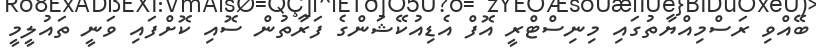
ބޭއްވި ރަސްމިއްޔާތުގައި މިނިސްޓްރީ އޮފް އެޑިއުކޭޝަންގެ ފަރާތުން ސޮއި ކޮށްފައި ވަނީ ތައުލީމީ